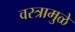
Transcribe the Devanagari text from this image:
वस्त्रामुळे